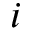
i